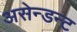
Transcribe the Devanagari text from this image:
असेन्डन्ट